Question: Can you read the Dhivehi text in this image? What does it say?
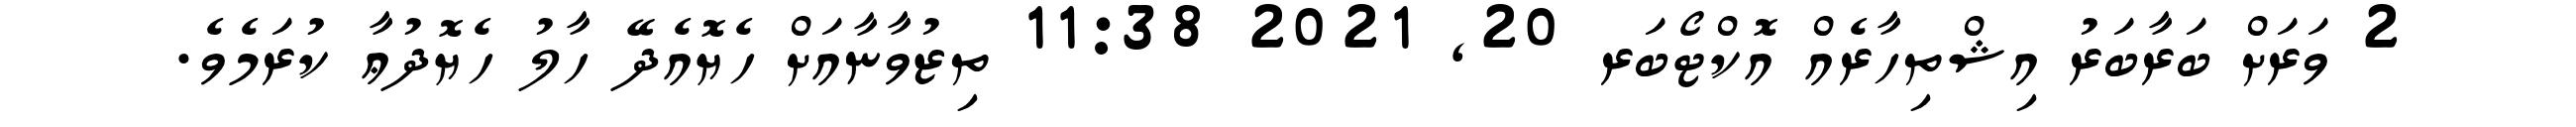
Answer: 2 ވަރަށް ބަރާބަރު އިޝްތިހާރެއް އޮކްޓޯބަރ 20, 2021 11:38 ތިޒުވާނާއަށް ހެޔޮއެދޭ ހާލު ހެޔޮދުޢާ ކުރަމެވެ.